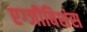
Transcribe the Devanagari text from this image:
एग्जीबिशंस